system: You are a helpful assistant.
user:
Analyze the provided spectrum to determine if it is a **M-type Giant (gM)**.

A M-type Giant spectrum is defined by its **strong molecular absorption** features, particularly from **Titanium Oxide (TiO)**. You must check for one of the following mutually exclusive signatures:

- **Key Visual Indicators (Absorption-Dominated Spectrum):**

    - **(Primary):** The spectrum is dominated by strong molecular absorption from **Titanium Oxide (TiO)**. This is the **defining feature** of its M-type temperature class.
        - **(Key Bandheads):** Look for sharp, "saw-tooth" absorption valleys. The strongest are located near **~7050 Å**, **~6160 Å**, and **~5170 Å**.
        - **(Line Profile):** The "saw-tooth" morphology is critical: a **sharp, steep drop on the BLUE (short-wavelength) side** of the bandhead, followed by a gradual recovery (rising flux) towards the RED (long-wavelength) side.

    - **(Key Confirmation - Giant vs. Dwarf):** **ABSENCE** of strong **Calcium Hydride (CaH)** molecular bands. This is the primary diagnostic for *excluding* M-dwarfs.
        - **(Key Region):** The spectrum should lack the strong, broad absorption band seen in dwarfs between **~6800 Å and ~7000 Å**.

    - **(Secondary Confirmation - Giant):** A very strong and broad **Neutral Calcium (Ca I)** atomic absorption line.
        - **(Key Line):** Located at **~4226 Å**. In a giant (gM), this line is significantly deeper and broader than the same line in an M-dwarf (dM) due to low surface gravity.

    - **(Overall Spectrum):**
        - The continuum is **extremely red-sloping** (i.e., flux is very low in the blue and rises dramatically towards the red).
        - The entire spectrum appears "chopped up" by the deep TiO bands.

Think first, call **spectral_visualization_tool** if needed to examine features in detail, then provide your final answer. Your response must adhere to the following strict rules:
1.  **Overall Structure:** Your response must follow the format `<think>...</think> <tool_call>...</tool_call> (if a tool is used) <answer>...</answer>`.
2.  **Tool Usage Constraint:** You may only make **one** tool call per turn.
3.  **Final Answer Format:** In the `<answer>` tag, your conclusion must be inside a `\boxed{}` command (e.g., `\boxed{YES}` or `\boxed{NO}`), followed by your justification.

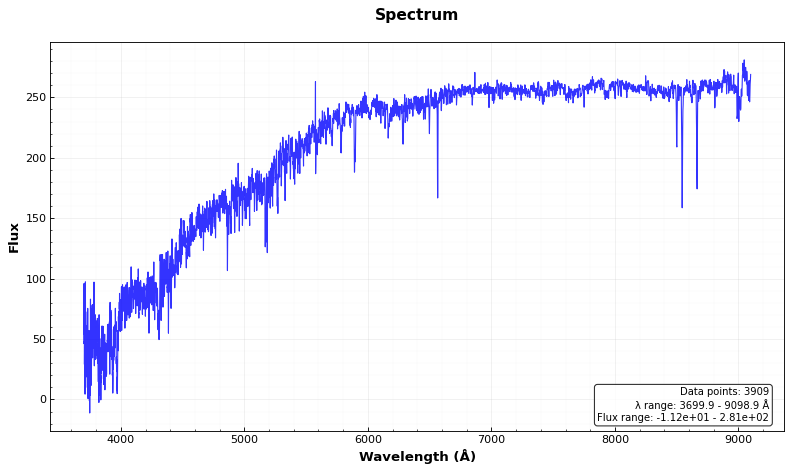
Answer: NO